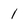
Character: 1